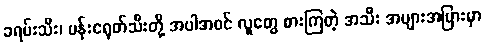
ခရမ်းသီး၊ ပန်းငရုတ်သီးတို့ အပါအဝင် လူတွေ စားကြတဲ့ အသီး အများအပြားမှာ